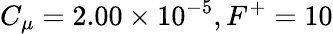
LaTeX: C_{\mu}=2.00\times 10^{-5},F^{+}=10